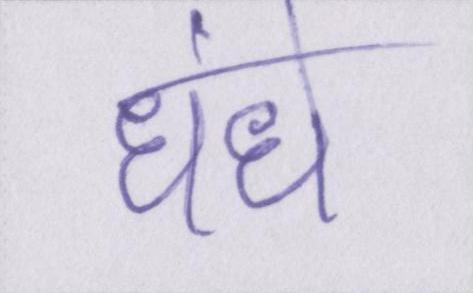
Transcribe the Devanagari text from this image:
धंधे